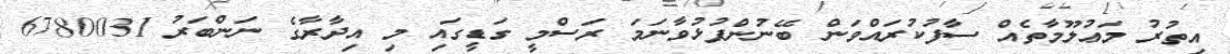
އިތުރު މަޢުލޫމާތެއް ސާފުކުރައްވަން ބޭނުންފުޅުވާނަމަ ރަސްމީ ގަޑީގައި މި އިދާރާގެ ނަންބަރު 6780031